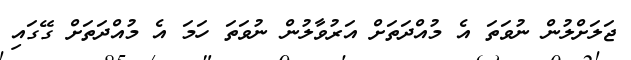
ޖަލަށްލުން ނުވަތަ އެ މުއްދަތަށް އަރުވާލުން ނުވަތަ ހަމަ އެ މުއްދަތަށް ގޭގައި